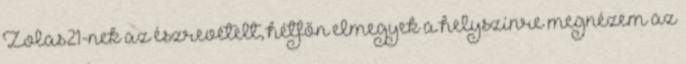
Zolas21-nek az észrevételt, hétfőn elmegyek a helyszínre megnézem az